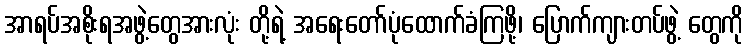
အာရပ်အစိုးရအဖွဲ့တွေအားလုံး တို့ရဲ့ အရေးတော်ပုံထောက်ခံကြဖို့၊ ပြောက်ကျားတပ်ဖွဲ့ တွေကို